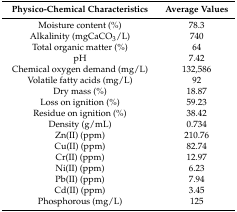
<table><thead><tr><td><b>Physico-Chemical Characteristics</b></td><td><b>Average Values</b></td></tr></thead><tbody><tr><td>Moisture content (%)</td><td>78.3</td></tr><tr><td>Alkalinity (mgCaCO<sub>3</sub>/L)</td><td>740</td></tr><tr><td>Total organic matter (%)</td><td>64</td></tr><tr><td>pH</td><td>7.42</td></tr><tr><td>Chemical oxygen demand (mg/L)</td><td>132,586</td></tr><tr><td>Volatile fatty acids (mg/L)</td><td>92</td></tr><tr><td>Dry mass (%)</td><td>18.87</td></tr><tr><td>Loss on ignition (%)</td><td>59.23</td></tr><tr><td>Residue on ignition (%)</td><td>38.42</td></tr><tr><td>Density (g/mL)</td><td>0.734</td></tr><tr><td>Zn(II) (ppm)</td><td>210.76</td></tr><tr><td>Cu(II) (ppm)</td><td>82.74</td></tr><tr><td>Cr(II) (ppm)</td><td>12.97</td></tr><tr><td>Ni(II) (ppm)</td><td>6.23</td></tr><tr><td>Pb(II) (ppm)</td><td>7.94</td></tr><tr><td>Cd(II) (ppm)</td><td>3.45</td></tr><tr><td>Phosphorous (mg/L)</td><td>125</td></tr></tbody></table>